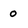
Character: 0